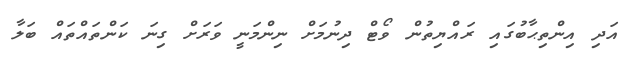
އަދި އިންތިޙާބުގައި ރައްޔިތުން ވޯޓް ދިނުމަށް ނިންމަނީ ވަރަށް ގިނަ ކަންތައްތައް ބަލާ